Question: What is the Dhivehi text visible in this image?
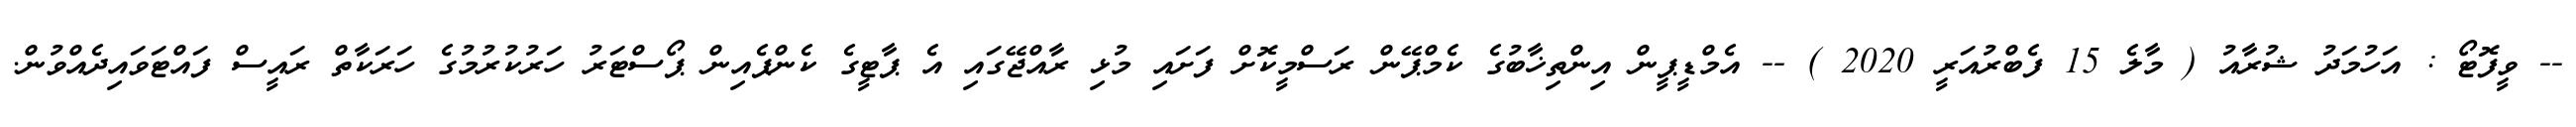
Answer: -- ވީފޮޓޯ : އަހުމަދު ޝުރާއު ( މާލެ 15 ފެބްރުއަރީ 2020 ) -- އެމްޑީޕީން އިންތިޚާބުގެ ކެމްޕޭން ރަސްމީކޮށް ފަށައި މުޅި ރާއްޖޭގައި އެ ޕާޓީގެ ކެންޕެއިން ޕޯސްޓަރު ހަރުކުރުމުގެ ހަރަކާތް ރައީސް ފައްޓަވައިދެއްވުން.